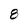
Character: 8